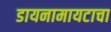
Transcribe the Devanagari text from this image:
डायनामायटाचा